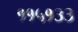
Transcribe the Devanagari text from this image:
११५१३३